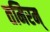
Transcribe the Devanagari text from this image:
तमिरम्